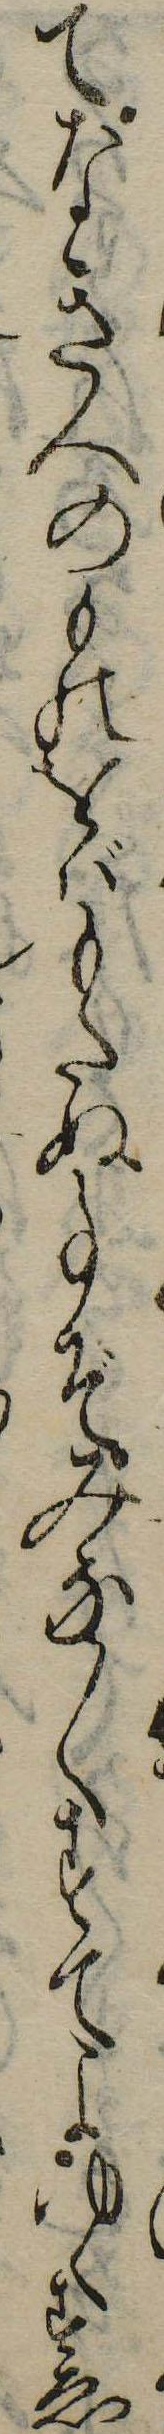
てなき人のものをばもたぬ事ぞみな〱すてよゆくすゑ